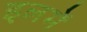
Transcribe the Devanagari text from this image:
इलमें